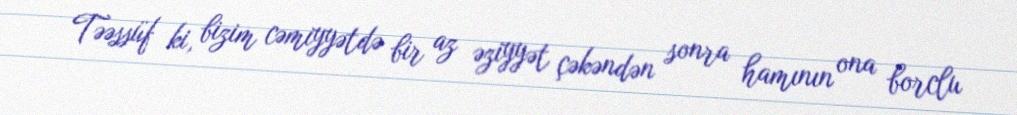
Təəssüf ki, bizim cəmiyyətdə bir az əziyyət çəkəndən sonra hamının ona borclu